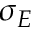
\sigma _ { E }